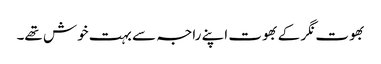
بھوت نگر کے بھوت اپنے راجہ سے بہت خوش تھے۔